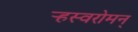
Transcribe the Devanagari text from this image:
र्‍हस्वरोमन्